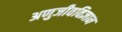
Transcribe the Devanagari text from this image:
अणुजीवविज्ञान